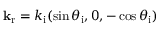
{ \bf k } _ { \mathrm { r } } = k _ { \mathrm { i } } ( \sin \theta _ { \mathrm { i } } , 0 , - \cos \theta _ { \mathrm { i } } )